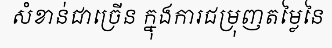
សំខាន់ជាច្រើន ក្នុងការជម្រុញតម្លៃនៃ